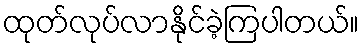
ထုတ်လုပ်လာနိုင်ခဲ့ကြပါတယ်။